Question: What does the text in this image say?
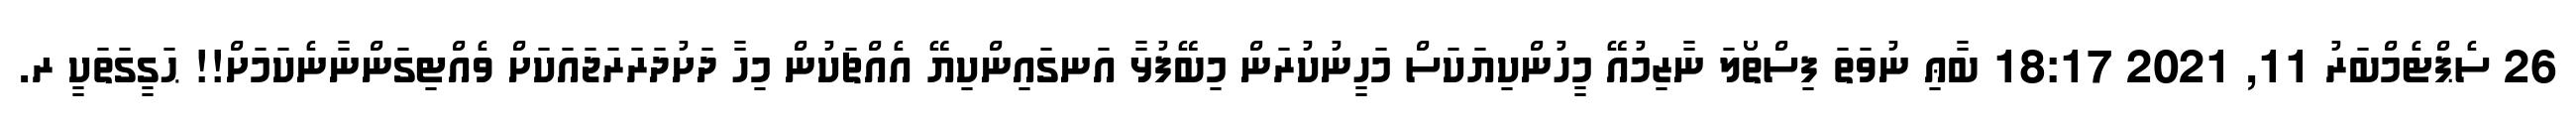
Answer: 26 ސެޕްޓެމްބަރު 11, 2021 18:17 ބާޢި ނުވަތަ ފިސްތޯލަ ނާޒިމުއޭ މީހުންކިޔަކަސް މަހީނުކުރަން މިބޭފުޅާ އަނގައިންކިޔޭ އެއްޗަކުން މިހާ ދަށުދަރަރަޖައަކަށް ވެއްޓިގަންނާނެކަމަށް!! ޙަގީގަތަކީ ރ.